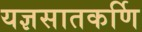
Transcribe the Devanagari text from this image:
यज्ञसातकर्णि